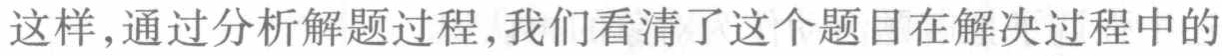
这样,通过分析解题过程,我们看清了这个题目在解决过程中的